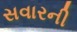
સવારની